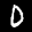
Label: 0